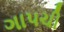
ગાપચી